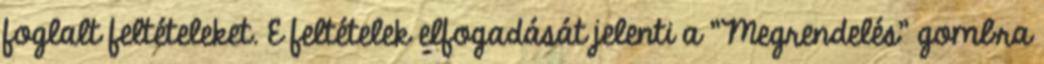
foglalt feltételeket. E feltételek elfogadását jelenti a "Megrendelés" gombra